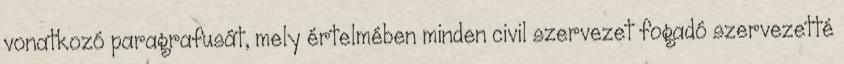
vonatkozó paragrafusát, mely értelmében minden civil szervezet fogadó szervezetté